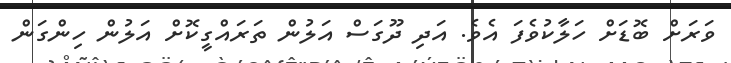
ވަރަށް ބޮޑަށް ހަލާކުވެފަ އެވެ. އަދި ދޫގަސް އަލުން ތަރައްގީކޮށް އަލުން ހިންގަން